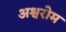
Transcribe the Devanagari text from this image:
अश्वरोम